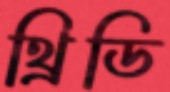
থ্রিডি